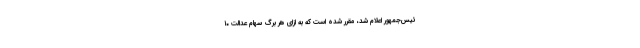
ئیس‌جمهور اعلام شد، مقرر شده است که به ازای هر برگ سهام عدالت ۱۰